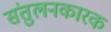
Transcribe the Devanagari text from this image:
संतुलनकारक